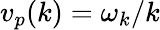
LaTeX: v_{p}(k)=\omega_{k}/k